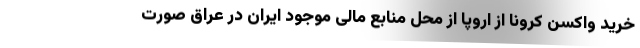
خرید واکسن کرونا از اروپا از محل منابع مالی موجود ایران در عراق صورت